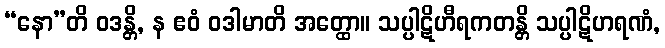
“နော”တိ ဝဒန္တိ, န ဧဝံ ဝဒါမာတိ အတ္ထော။ သပ္ပါဋိဟီရကတန္တိ သပ္ပါဋိဟရဏံ,